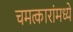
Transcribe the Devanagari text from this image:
चमत्कारांमध्ये